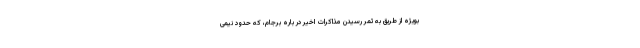
بویژه از طریق به ثمر رسیدن مذاکرات اخیر در باره برجام، که حدود نیمی